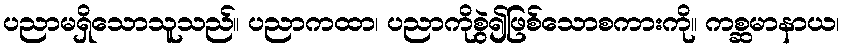
ပညာမရှိသောသူသည်။ ပညာကထာ၊ ပညာကိုစွဲ၍ဖြစ်သောစကားကို။ ကစ္ဆမာနာယ၊